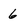
Character: 6